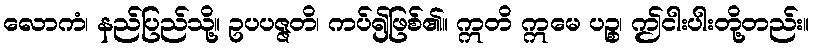
လောကံ၊ နည်ပြည်သို့။ ဥပပဇ္ဇတိ၊ ကပ်၍ဖြစ်၏။ ဣတိ ဣမေ ပဉ္စ၊ ဤငါးပါးတို့တည်း။